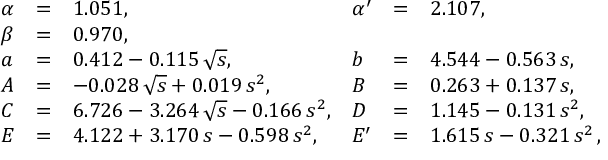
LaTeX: \begin{array} { l c l l c l } { { \alpha } } & { { = } } & { { 1 . 0 5 1 , } } & { { \alpha ^ { \prime } } } & { { = } } & { { 2 . 1 0 7 , } } \\ { { \beta } } & { { = } } & { { 0 . 9 7 0 , } } & { { } } & { { } } & { { } } \\ { { a } } & { { = } } & { { 0 . 4 1 2 - 0 . 1 1 5 \, \sqrt { s } , } } & { { b } } & { { = } } & { { 4 . 5 4 4 - 0 . 5 6 3 \, s , } } \\ { { A } } & { { = } } & { { - 0 . 0 2 8 \, \sqrt { s } + 0 . 0 1 9 \, s ^ { 2 } , } } & { { B } } & { { = } } & { { 0 . 2 6 3 + 0 . 1 3 7 \, s , } } \\ { { C } } & { { = } } & { { 6 . 7 2 6 - 3 . 2 6 4 \, \sqrt { s } - 0 . 1 6 6 \, s ^ { 2 } , } } & { { D } } & { { = } } & { { 1 . 1 4 5 - 0 . 1 3 1 \, s ^ { 2 } , \quad \quad \quad \, \, } } \\ { { E } } & { { = } } & { { 4 . 1 2 2 + 3 . 1 7 0 \, s - 0 . 5 9 8 \, s ^ { 2 } , } } & { { E ^ { \prime } } } & { { = } } & { { 1 . 6 1 5 \, s - 0 . 3 2 1 \, s ^ { 2 } \, , } } \end{array}